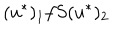
LaTeX: ( u ^ { \ast } ) _ { 1 } f S ( u ^ { \ast } ) _ { 2 }